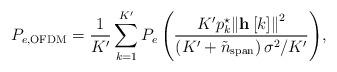
LaTeX: \begin{align*} {P_{e,{\rm{OFDM}}}} = \frac{1}{K'}\sum\limits_{k = 1}^{K'} {{P_e}\left( {\frac{{{K'}{p_k^{\star}}{{\left\| {{\bf{h}}\left[ k \right]} \right\|}^2}}}{{\left( {{K'} + {{\tilde n}_{{\rm{span}}}}} \right){\sigma ^2}/{K'}}}} \right)}, \end{align*}